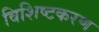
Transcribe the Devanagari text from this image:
विशिष्टकरण